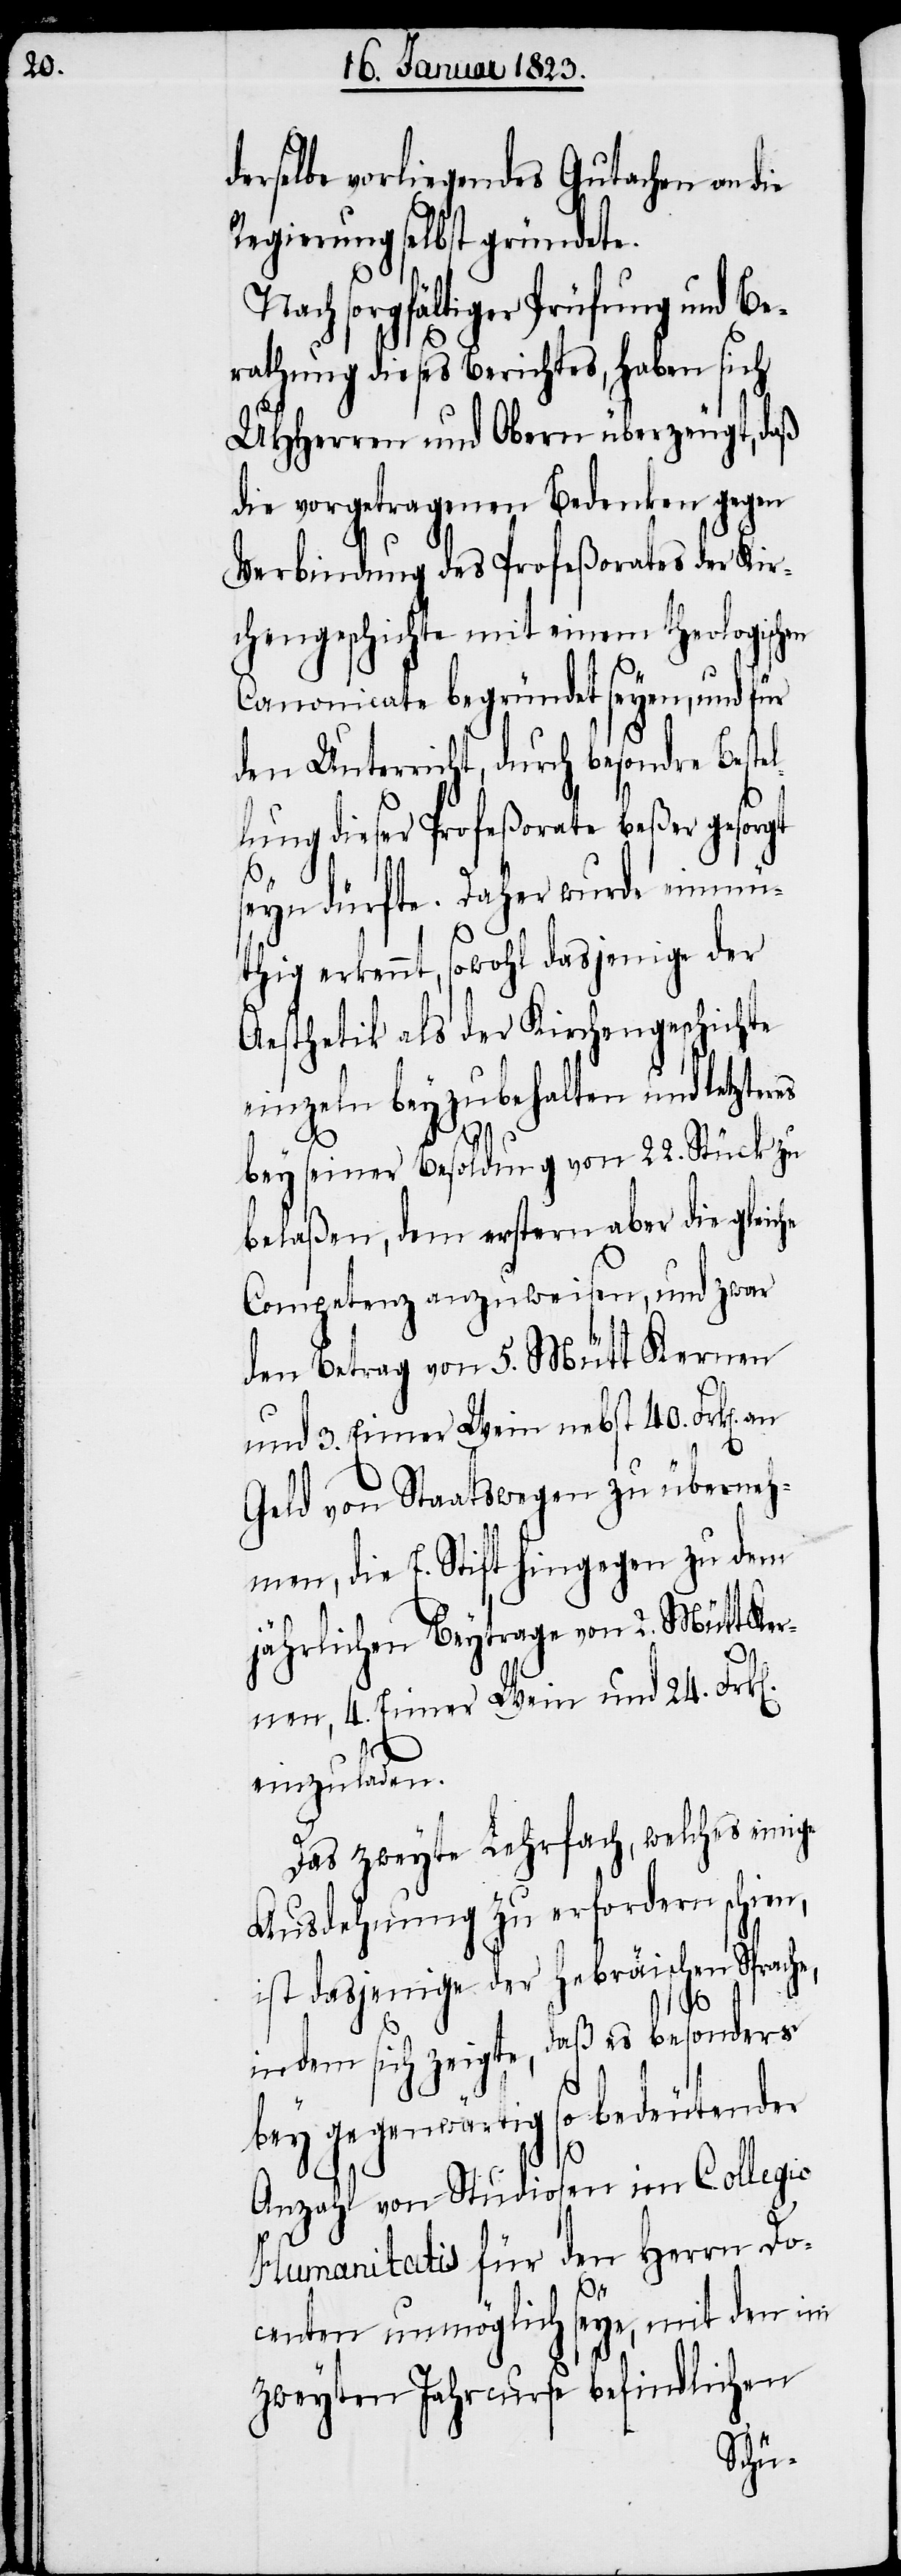
derselbe vorliegendes Gutach[t]en an
Regierung selbst gründete.
Nach sorgfältiger Prüfung und Be¬
rathung dieses Berichtes, haben sich
UHHerren und Obern überzeugt, daß
die vorgetragenen Bedenken gegen
Verbindung des Profeßorates der Kir¬
chengeschichte mit einem theologischen
Canonicate begründet seyen, und für
den Unterricht, durch besondre Bestel¬
lung dieser Profeßorate beßer gesorgt
seyn dürfte. Daher wurde einmü¬
thig erkennt, sowohl dasjenige der
Aesthetik als der Kirchengeschichte
einzeln beyzubehalten und letzteres
bey seiner Besoldung von 22. Stück zu
belaßen, dem erstern aber die gleiche
Competenz anzuweisen, und zwar
den Betrag von 5. Mütt Kernen
und 3. Eimer Wein nebst 40. Frk[en].
Geld von Staatswegen zu überneh¬
men, die E. Stift hingegen zu dem
jährlichen Beytrage von 2. Mütt Ker¬
nen, 4. Eimer Wein und 24. Frk[e¬
einzuladen.
Das zweyte Lehrfach, welches einige
Ausdehnung zu erfordern schien,
ist dasjenige der Hebräischen Sprache,
indem sich zeigte, daß es besonders
bey gegenwärtig so bedeutender
n].
Anzahl von Studiosen im Collegio
Humanitatis für den Herrn Do¬
centen unmöglich seye, mit den im
zweyten Jahrcurse befindlichen